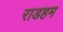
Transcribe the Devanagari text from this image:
राडहम